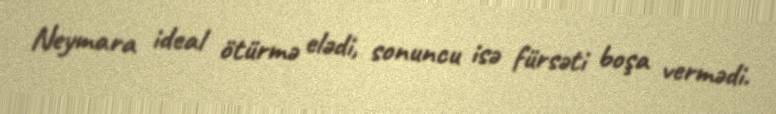
Neymara ideal ötürmə elədi, sonuncu isə fürsəti boşa vermədi.